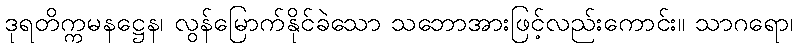
ဒုရတိက္ကမနဋ္ဌေန၊ လွန်မြောက်နိုင်ခဲသော သဘောအားဖြင့်လည်းကောင်း။ သာဂရော၊